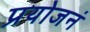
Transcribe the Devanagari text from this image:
प्रयोजनं